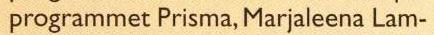
programmet Prisma, Marjaleena Lam-